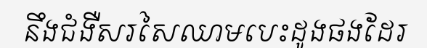
នឹងជំងឺសរសៃឈាមបេះដូងផងដែរ